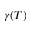
\gamma ( T )